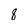
Character: 8